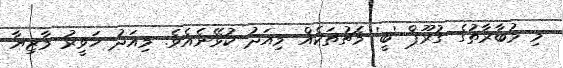
މި މުބާރާތުގެ ގުރޫޕް 'ބީ' މެޗުތަކެއް މިއަދު ކުޅޭނެއެެވެ. މިއަދު ހަވީރު މާޒިޔާ